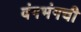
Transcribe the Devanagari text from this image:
वंगभंगची